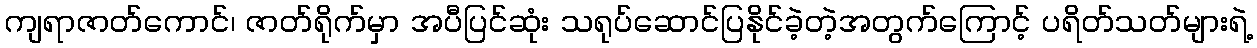
ကျရာဇာတ်ကောင်၊ ဇာတ်ရိုက်မှာ အပီပြင်ဆုံး သရုပ်ဆောင်ပြနိုင်ခဲ့တဲ့အတွက်ကြောင့် ပရိတ်သတ်များရဲ့